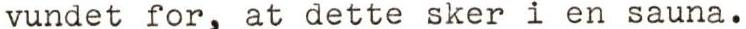
vundet for, at dette sker i en sauna.